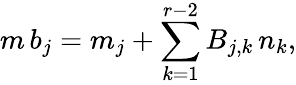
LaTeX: m\, b_{j}=m_{j}+\sum_{k=1}^{r-2}B_{j,k}\, n_{k},